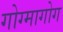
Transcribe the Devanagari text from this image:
गोग्मागोग